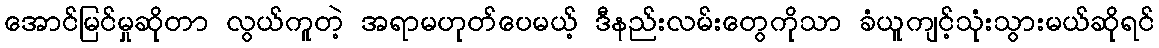
အောင်မြင်မှုဆိုတာ လွယ်ကူတဲ့ အရာမဟုတ်ပေမယ့် ဒီနည်းလမ်းတွေကိုသာ ခံယူကျင့်သုံးသွားမယ်ဆိုရင်